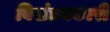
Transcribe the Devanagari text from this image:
विखंडनकारी